画像に写った文字を読んでください
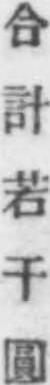
「合計若干圓」と書いてあります